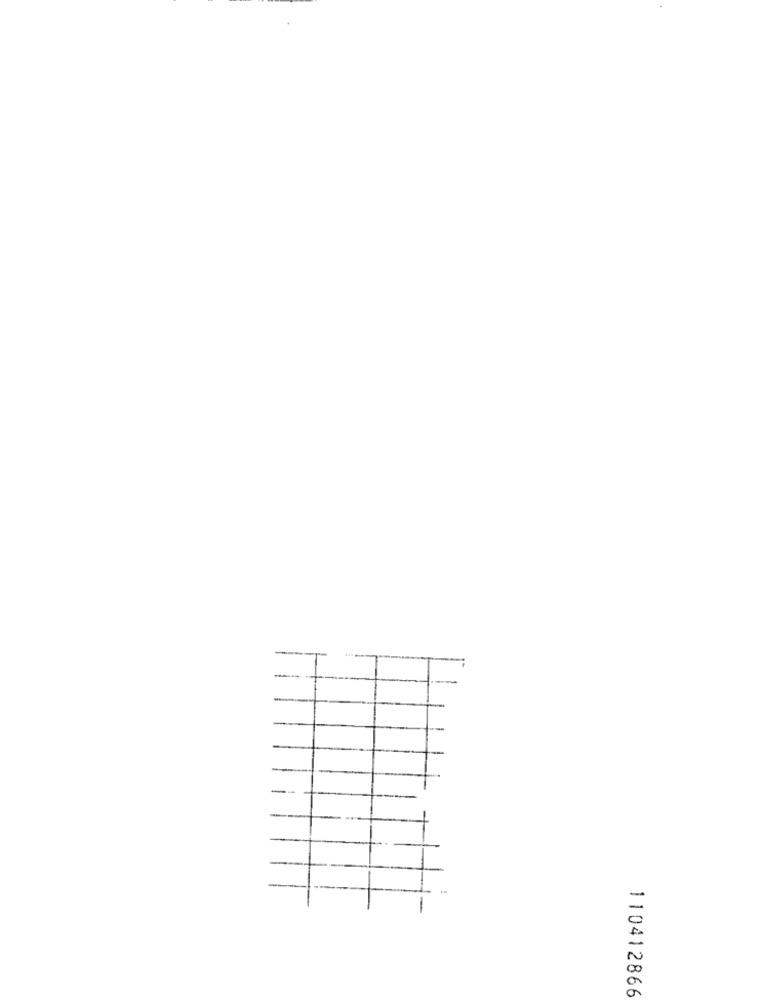
110412866